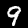
Digit: 9